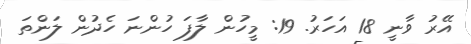
އޭރު ވާނީ 18 އަހަރު. 19: މީހުން ލާފަ ހުންނަ ހެދުން ލަންތަ